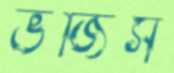
ভজিস